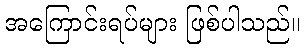
အကြောင်းရပ်များ ဖြစ်ပါသည်။